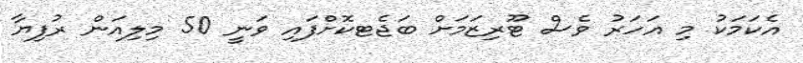
އެކަމަކު މި އަހަރު ވެސް ޓޫރިޒަމަށް ބަޖެޓކޮށްފައި ވަނީ 50 މިލިއަން ރުފިޔާ